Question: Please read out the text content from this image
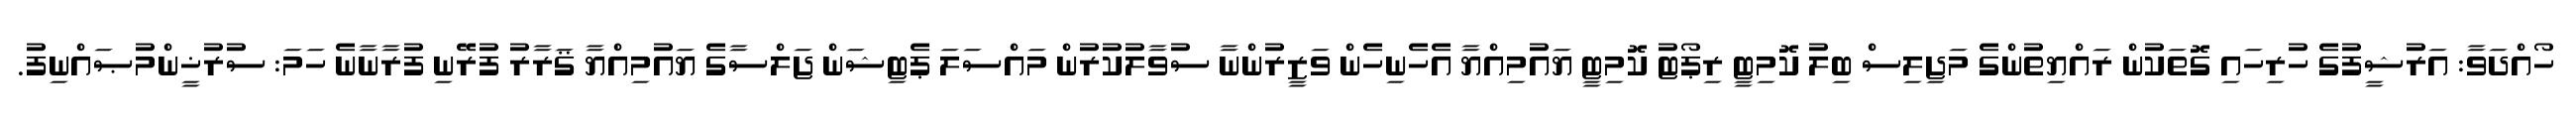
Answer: ހޯއްދަވާ: އަރުޝީފުގެ ހުރިހައި ގޮތަކުން ރައްޔިތުންގެ މަޖިލިސް ބިލު ކޮމިޓީ ރިޕޯޓު ކޮމިޓީ ޔައުމިއްޔާ އެހެނިހެން ވަޒީރުންނާ ސުވާލުކުރުން މައްސަލަ ޕެޓިޝަން ޖަލްސާގެ ޔައުމިއްޔާ ޤަރާރު ފުރޭނި ފުރާނާނެ ހަމަ: ސުރުޚީންމުޞައްނިފު.